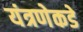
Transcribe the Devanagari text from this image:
यंत्रणेकडे